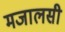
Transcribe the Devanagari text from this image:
मजालसी